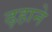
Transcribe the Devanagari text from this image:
ढ़हाने